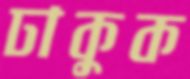
ঢাকুক